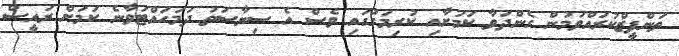
ތަންފީޒްކުރައްވަމުން ގެންދަވާ ކަމަށާއި ކުރިމަގުގައި ވެސް އެ ސިޔާސަތު ދަމަހައްޓަވާނެ ކަމަށް ރައީސް